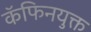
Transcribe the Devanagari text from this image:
कॅफिनयुक्त